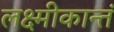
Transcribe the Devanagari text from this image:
लक्ष्मीकान्तं